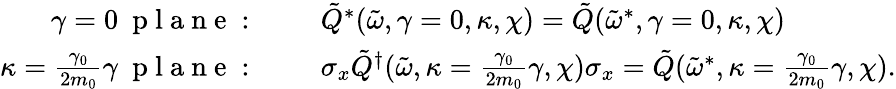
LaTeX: \begin{array}{rl}{\gamma=0\ \mathrm{~p~l~a~n~e~:~}}&{{}\quad\tilde{Q}^{*}(\tilde{\omega},\gamma=0,\kappa,\chi)=\tilde{Q}(\tilde{\omega}^{*},\gamma=0,\kappa,\chi)}\\ {\kappa=\frac{\gamma_{0}}{2m_{0}}\gamma\ \mathrm{~p~l~a~n~e~:~}}&{{}\quad\sigma_{x}\tilde{Q}^{\dagger}(\tilde{\omega},\kappa=\frac{\gamma_{0}}{2m_{0}}\gamma,\chi)\sigma_{x}=\tilde{Q}(\tilde{\omega}^{*},\kappa=\frac{\gamma_{0}}{2m_{0}}\gamma,\chi).}\end{array}